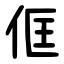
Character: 㑌